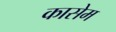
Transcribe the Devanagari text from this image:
कासेम